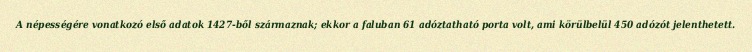
A népességére vonatkozó első adatok 1427-ből származnak; ekkor a faluban 61 adóztatható porta volt, ami körülbelül 450 adózót jelenthetett.